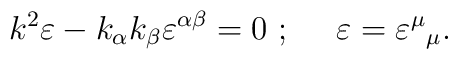
k^2\varepsilon - k_\alpha k_\beta \varepsilon^{\alpha \beta} = 0~;~~~~ \varepsilon = {\varepsilon^\mu}_\mu.